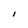
Character: l